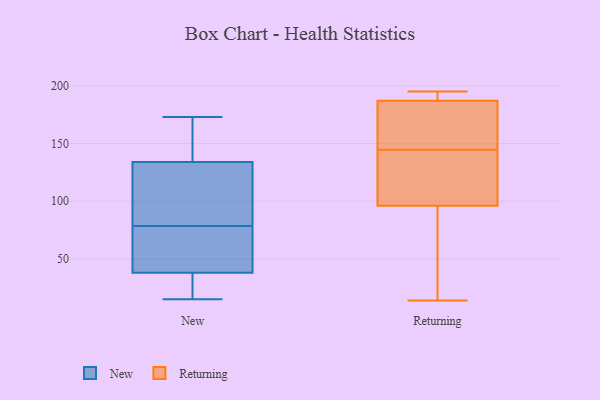
{"axis": {"x": "Humidity (%)", "y": "Value"}, "legend": ["New", "Returning"], "data": [{"x": "", "y": 32, "type": "New"}, {"x": "", "y": 56, "type": "New"}, {"x": "", "y": 98, "type": "New"}, {"x": "", "y": 134, "type": "New"}, {"x": "", "y": 168, "type": "New"}, {"x": "", "y": 173, "type": "New"}, {"x": "", "y": 71, "type": "New"}, {"x": "", "y": 157, "type": "New"}, {"x": "", "y": 111, "type": "New"}, {"x": "", "y": 86, "type": "New"}, {"x": "", "y": 38, "type": "New"}, {"x": "", "y": 21, "type": "New"}, {"x": "", "y": 71, "type": "New"}, {"x": "", "y": 15, "type": "New"}, {"x": "", "y": 52, "type": "Returning"}, {"x": "", "y": 187, "type": "Returning"}, {"x": "", "y": 14, "type": "Returning"}, {"x": "", "y": 96, "type": "Returning"}, {"x": "", "y": 150, "type": "Returning"}, {"x": "", "y": 79, "type": "Returning"}, {"x": "", "y": 126, "type": "Returning"}, {"x": "", "y": 187, "type": "Returning"}, {"x": "", "y": 149, "type": "Returning"}, {"x": "", "y": 195, "type": "Returning"}, {"x": "", "y": 128, "type": "Returning"}, {"x": "", "y": 192, "type": "Returning"}, {"x": "", "y": 140, "type": "Returning"}, {"x": "", "y": 154, "type": "Returning"}]}